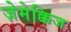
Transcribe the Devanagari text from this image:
ज़ेमेक्किज